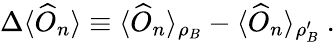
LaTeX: \Delta\langle\widehat{O}_{n}\rangle\equiv\langle\widehat{O}_{n}\rangle_{\rho_{B}}-\langle\widehat{O}_{n}\rangle_{\rho_{B}^{\prime}}\ .